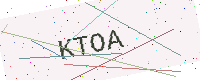
Text: KTOA